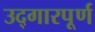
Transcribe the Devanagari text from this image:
उद्गारपूर्ण